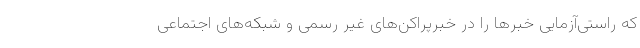
که راستی‌آزمایی خبرها را در خبرپراکن‌های غیر رسمی و شبکه‌های اجتماعی